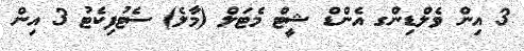
3 އިން ވެލްޑިންގ އެންޑް ޝީޓް މެޓަލް (މާލެ) ސެޓުފިކެޓު 3 އިން